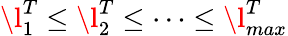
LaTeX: \l_{1}^{T}\le\l_{2}^{T}\le\cdots\le\l_{max}^{T}